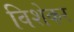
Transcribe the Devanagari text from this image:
विशेकर